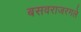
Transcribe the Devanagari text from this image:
बसवराजरगले